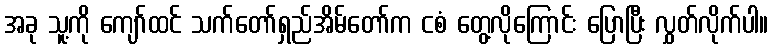
အခု သူ့ကို ကျော်ထင် သက်တော်ရှည်အိမ်တော်က ငစံ တွေ့လိုကြောင်း ပြောပြီး လွှတ်လိုက်ပါ။